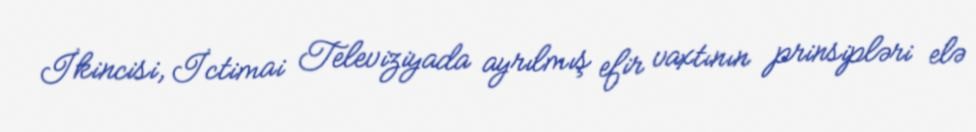
İkincisi, İctimai Televiziyada ayrılmış efir vaxtının prinsipləri elə